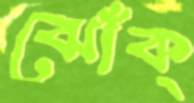
ঝোঁক্‌